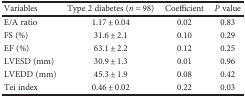
| Variables | Type 2 diabetes (n = 98) | Coefficient | P value |
 | --- | --- | --- | --- |
 | E/A ratio | 1.17 ± 0.04 | 0.02 | 0.83 |
 | FS (%) | 31.6 ± 2.1 | 0.10 | 0.29 |
 | EF (%) | 63.1 ± 2.2 | 0.12 | 0.25 |
 | LVESD (mm) | 30.9 ± 1.3 | 0.01 | 0.96 |
 | LVEDD (mm) | 45.3 ± 1.9 | 0.08 | 0.42 |
 | Tei index | 0.46 ± 0.02 | 0.22 | 0.03 |